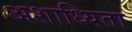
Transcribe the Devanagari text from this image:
अशाध्यिता